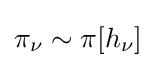
\pi _{\nu }\sim \pi [h_{\nu }]